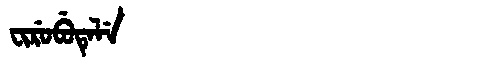
Manchu: ᠸᡳᡵᡠᠪᡠᡨᡝᠯᡝ
Romanization: FIRUBUTELE